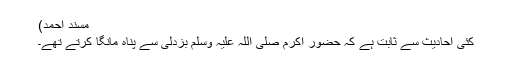
مسند احمد)
کئی احادیث سے ثابت ہے کہ حضور اکرم صلی اللہ علیہ وسلم بزدلی سے پناہ مانگا کرتے تھے۔